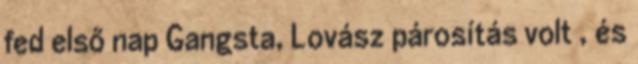
fed első nap Gangsta, Lovász párosítás volt , és